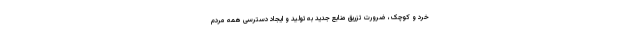
خرد و کوچک، ضرورت تزریق منابع جدید به تولید و ایجاد دسترسی همه مردم